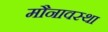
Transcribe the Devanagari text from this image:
मौनावस्था